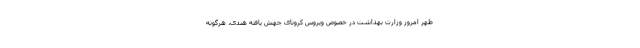
ظهر امروز وزارت بهداشت در خصوص ویروس کرونای جهش یافته هندی، هرگونه